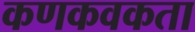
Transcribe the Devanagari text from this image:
कणकवकता